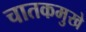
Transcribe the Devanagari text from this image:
चातकमुखे